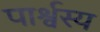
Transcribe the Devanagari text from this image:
पार्श्वस्य